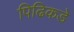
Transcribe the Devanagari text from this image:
पिढिकडे